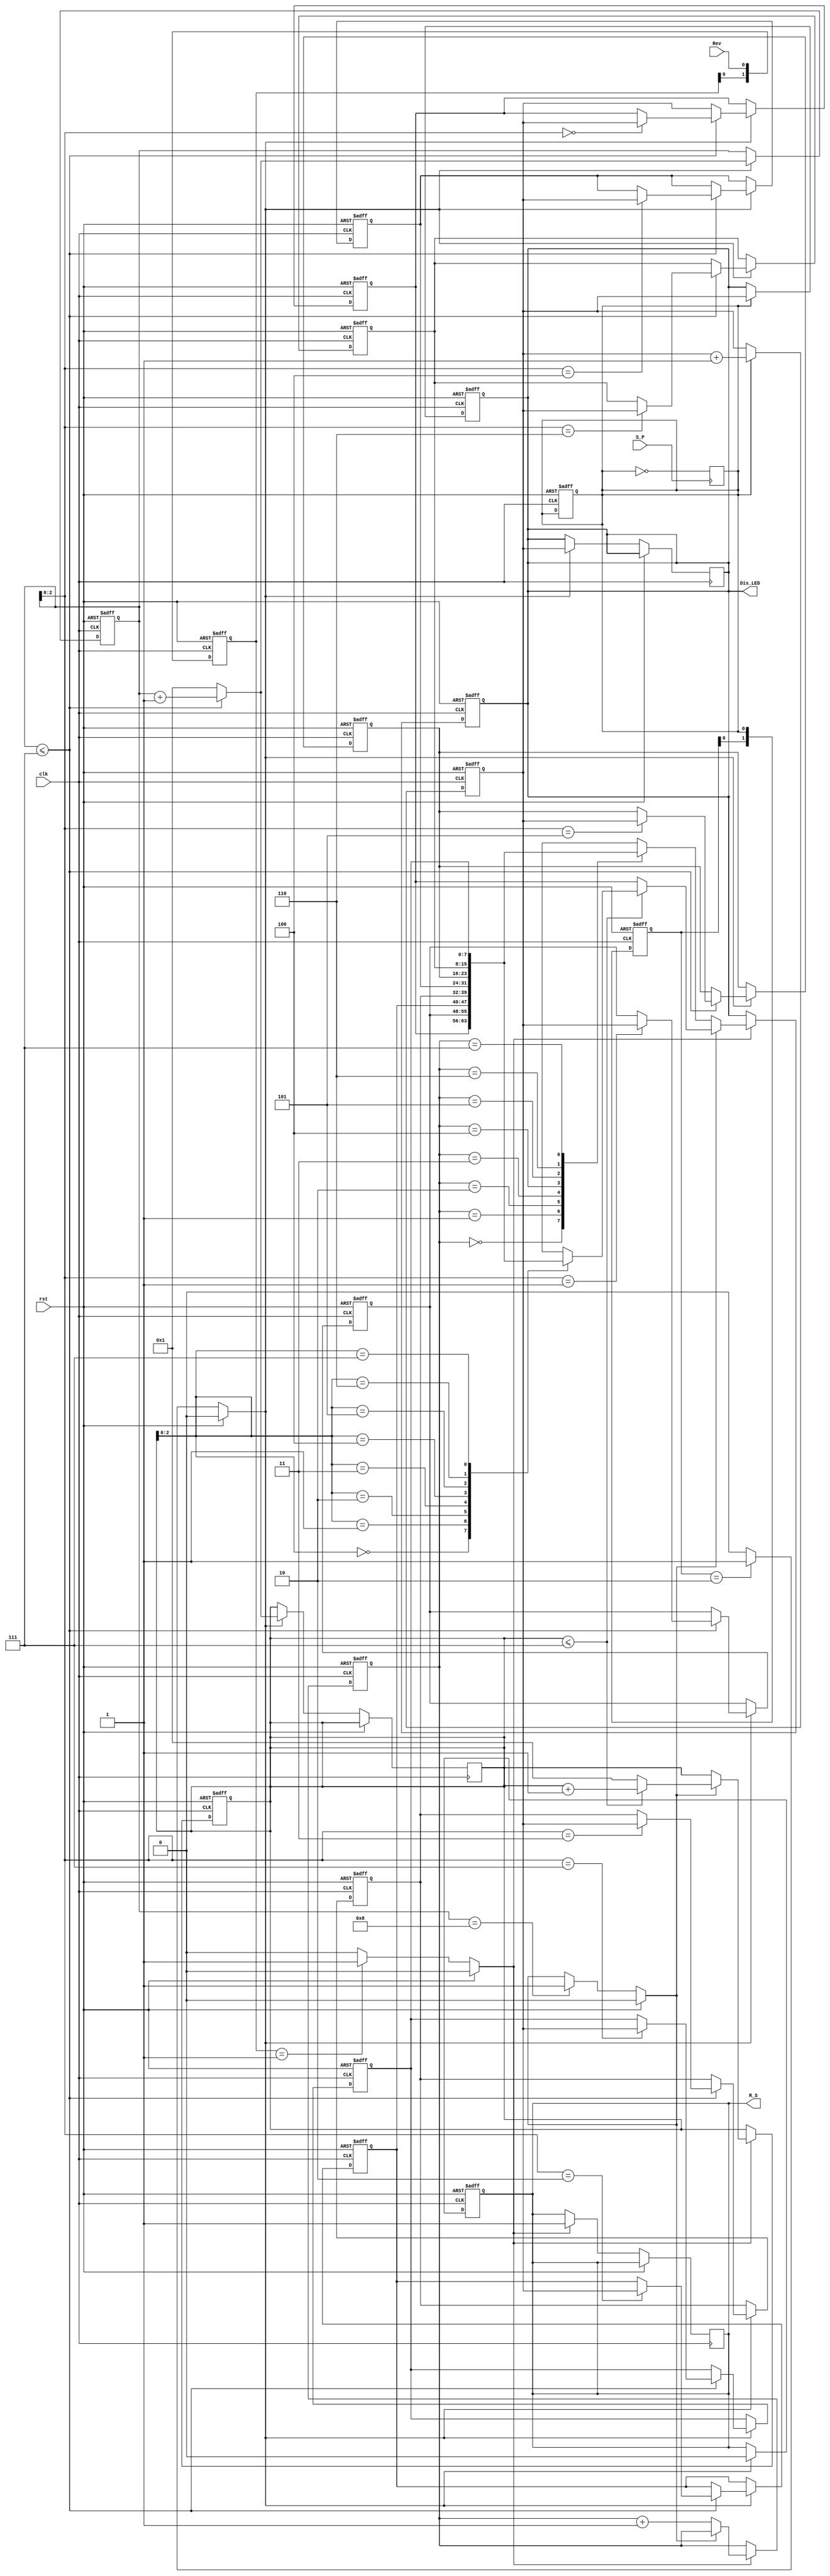
`timescale 100ns/1ns
/*
Clk	1	1Khz
Rst	1	
S_P	1	S_P
Rev	1	Rev
Dis_LED	8	2LEDS_PRev
R_S	1	
*/
module S_R (
    input clk,
    input rst,
    input S_P,
    input Rev,
    output reg [7:0] Dis_LED,
    output reg R_S
);
    reg [7:0] cnt_16;
    reg [1:0] test_Rev;
    reg [1:0] adr_add;
    reg [7:0] sram_16[7:0];
    reg [3:0] adr;
    reg [2:0] readr;
    wire full;
    integer i;
    reg [3:0]readr2;
    wire adr_en;
    reg S_P_in;
    wire Rev_in;
//------------------------------------------------------------------------------------------------------------------//
always@( posedge S_P)begin
    S_P_in = ~S_P_in;
end
//----------------------------------------------------------------------------------------------------------------//
always @(posedge clk,posedge rst) begin
    if(rst) begin
        test_Rev <= 0;
        S_P_in <= 0;
        adr_add <= 0;
    end
    else begin
        test_Rev[0] <= Rev;
        test_Rev[1] <= test_Rev[0];//
        adr_add[0] <= S_P_in;
        adr_add[1] <= adr_add[0];//
    end
end
assign Rev_in = rst ? 0:((test_Rev==2'b01)? 1:0);//
assign adr_en = rst ? 0:((adr_add==2'b10)? 1:0);//

//------------------------------------------------------------------------------------------------------------------//
always@(posedge clk ,posedge rst)begin
    if(rst)begin
        cnt_16 <= 0;
        Dis_LED <= 0;
    end
    else begin
        if(S_P_in) begin
            cnt_16 <= cnt_16 + 1'b1;
            Dis_LED <= cnt_16;//
        end
        else begin
            cnt_16 <= cnt_16;
        end
    end
end
//---------------------------------------------------------------------------------------------------------------//
always@(posedge clk ,posedge rst)begin
    if(rst)begin
        adr <= 0;
        R_S <= 0;
        for(i=0;i<=7;i=i+1)sram_16[i] <= 0;
    end
    else begin
        if( adr_en ) begin
                R_S <= 0;
            if( adr <= 7)begin
                sram_16[adr] <= cnt_16;
                adr <= adr+1'b1;
                Dis_LED <= cnt_16;
                readr2 <= adr+1'b1;
            end
            else begin
                sram_16[0] <= cnt_16;
                adr <= 1;
                Dis_LED <= cnt_16;
                readr2 <= 1;
            end
        end
    end
end
//-----------------------------------------------------------------------------------------------------------------//
assign full = rst ? 0:((adr==8)? 1:full);//8
//---------------------------------------------------------------------------------------------------------------------//
always@(posedge clk ,posedge rst) begin
    if(rst) begin
        Dis_LED <= 0;
        readr <= 0; 
        readr2 <= 0;
    end
    else begin
        if(Rev_in) begin
            R_S <= 1;
            if(full)begin//
                if( readr2 <= 7)begin//7
                    Dis_LED <= sram_16[readr2];
                    readr2 <= readr2 + 1'b1;
                end
                else begin//7
                    Dis_LED <= sram_16[0];
                    readr2 <=1'b1;
                end
            end
            else begin//
                Dis_LED <= sram_16[readr];//
                readr <= readr + 1'b1;
            end
         end
    end
end
endmodule